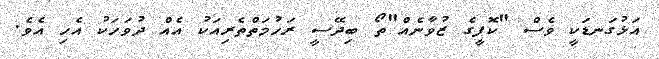
އަޅުގަނޑަކީ ވެސް "ކޮފީގެ ޒުވާނެއް"ތޯ ބިދޭސީ ރަހުމަތްތެރިއަކު އެއް ދުވަހަކު އެހި އެވެ.